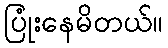
ပြုံးနေမိတယ်။